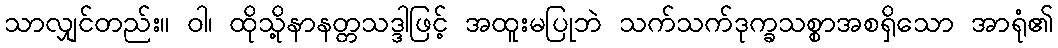
သာလျှင်တည်း။ ဝါ၊ ထိုသို့နာနတ္တသဒ္ဒါဖြင့် အထူးမပြုဘဲ သက်သက်ဒုက္ခသစ္စာအစရှိသော အာရုံ၏